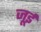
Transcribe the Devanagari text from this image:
जूई